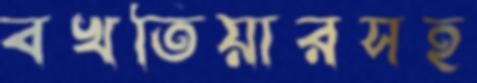
বখতিয়ারসহ